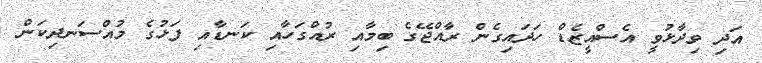
އަދި ވިދާޅުވީ އެސްއީޒެޑް ހަދައިގެން ރާއްޖޭގެ ބިމާއި ރުއްގަހާއި ކަނޑާއި ފަޅުގެ މުއްސަނދިކަން